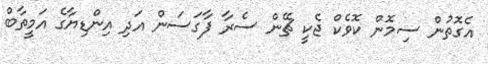
އެގޮތުން ސިމޮން ކޮވެކް ޖެކީ ޗޭން ސެރާ ފާގަސަން އަދި އިންޑިޔާގެ އަމީތާބް